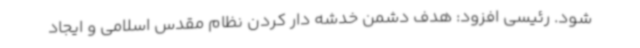
شود. رئیسی افزود: هدف دشمن خدشه دار کردن نظام مقدس اسلامی و ایجاد